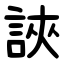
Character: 䛟